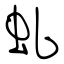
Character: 虬